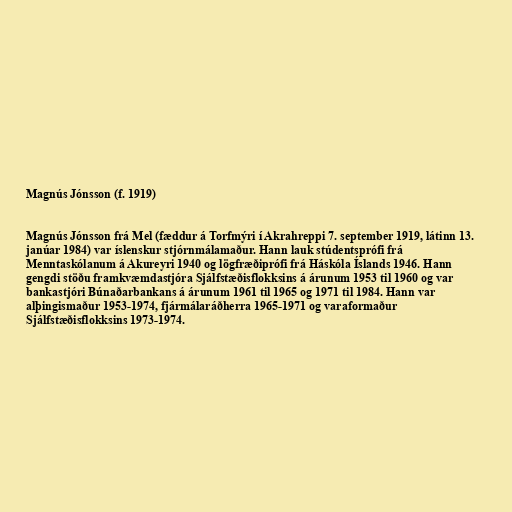
Magnús Jónsson (f. 1919)

Magnús Jónsson frá Mel (fæddur á Torfmýri í Akrahreppi 7. september 1919, látinn 13.
janúar 1984) var íslenskur stjórnmálamaður. Hann lauk stúdentsprófi frá
Menntaskólanum á Akureyri 1940 og lögfræðiprófi frá Háskóla Íslands 1946. Hann
gengdi stöðu framkvæmdastjóra Sjálfstæðisflokksins á árunum 1953 til 1960 og var
bankastjóri Búnaðarbankans á árunum 1961 til 1965 og 1971 til 1984. Hann var
alþingismaður 1953-1974, fjármálaráðherra 1965-1971 og varaformaður
Sjálfstæðisflokksins 1973-1974.